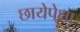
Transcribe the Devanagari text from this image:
छायेपेक्षा